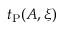
t _ { \mathrm { P } } ( A , \xi )